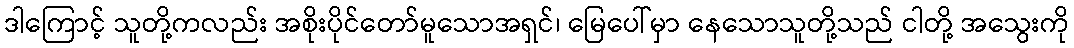
ဒါကြောင့် သူတို့ကလည်း အစိုးပိုင်တော်မူသောအရှင်၊ မြေပေါ်မှာ နေသောသူတို့သည် ငါတို့ အသွေးကို